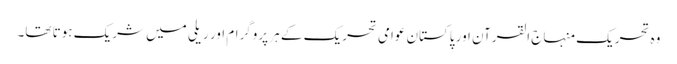
وہ تحریک منہاج القرآن اور پاکستان عوامی تحریک کے ہر پروگرام اور ریلی میں شریک ہوتا تھا۔